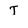
Character: T